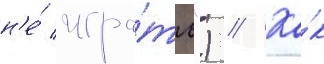
н'е́ игра́ть") // Ка́к